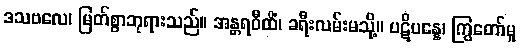
ဒသဗလေ၊ မြတ်စွာဘုရားသည်။ အန္တရဝီထိံ၊ ခရီးလမ်းမသို့။ ပဋိပန္နေ၊ ကြွတော်မူ